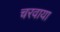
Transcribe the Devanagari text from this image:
चरवाया